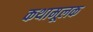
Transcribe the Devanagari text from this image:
कथामूलक